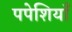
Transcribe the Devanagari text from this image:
पपेशियाँ